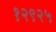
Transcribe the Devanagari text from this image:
१२९२५